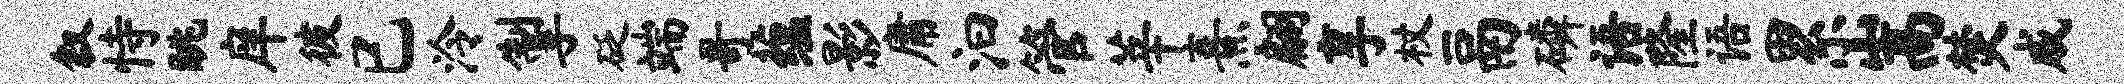
叙恃眺庠彼已泠掣砭端哥蕴影庸汩管莘熹翩享杖鬲磷语隆语累嵩焚戚